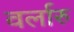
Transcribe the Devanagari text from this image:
वर्लारु